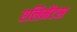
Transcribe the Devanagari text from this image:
एलिमेंटस